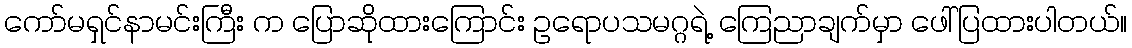
ကော်မရှင်နာမင်းကြီး က ပြောဆိုထားကြောင်း ဥရောပသမဂ္ဂရဲ့ ကြေညာချက်မှာ ဖေါ်ပြထားပါတယ်။